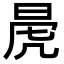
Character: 𭦁